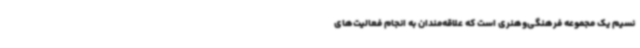
نسیم یک مجموعه فرهنگی‌وهنری است که علاقه‌مندان به انجام فعالیت‌های